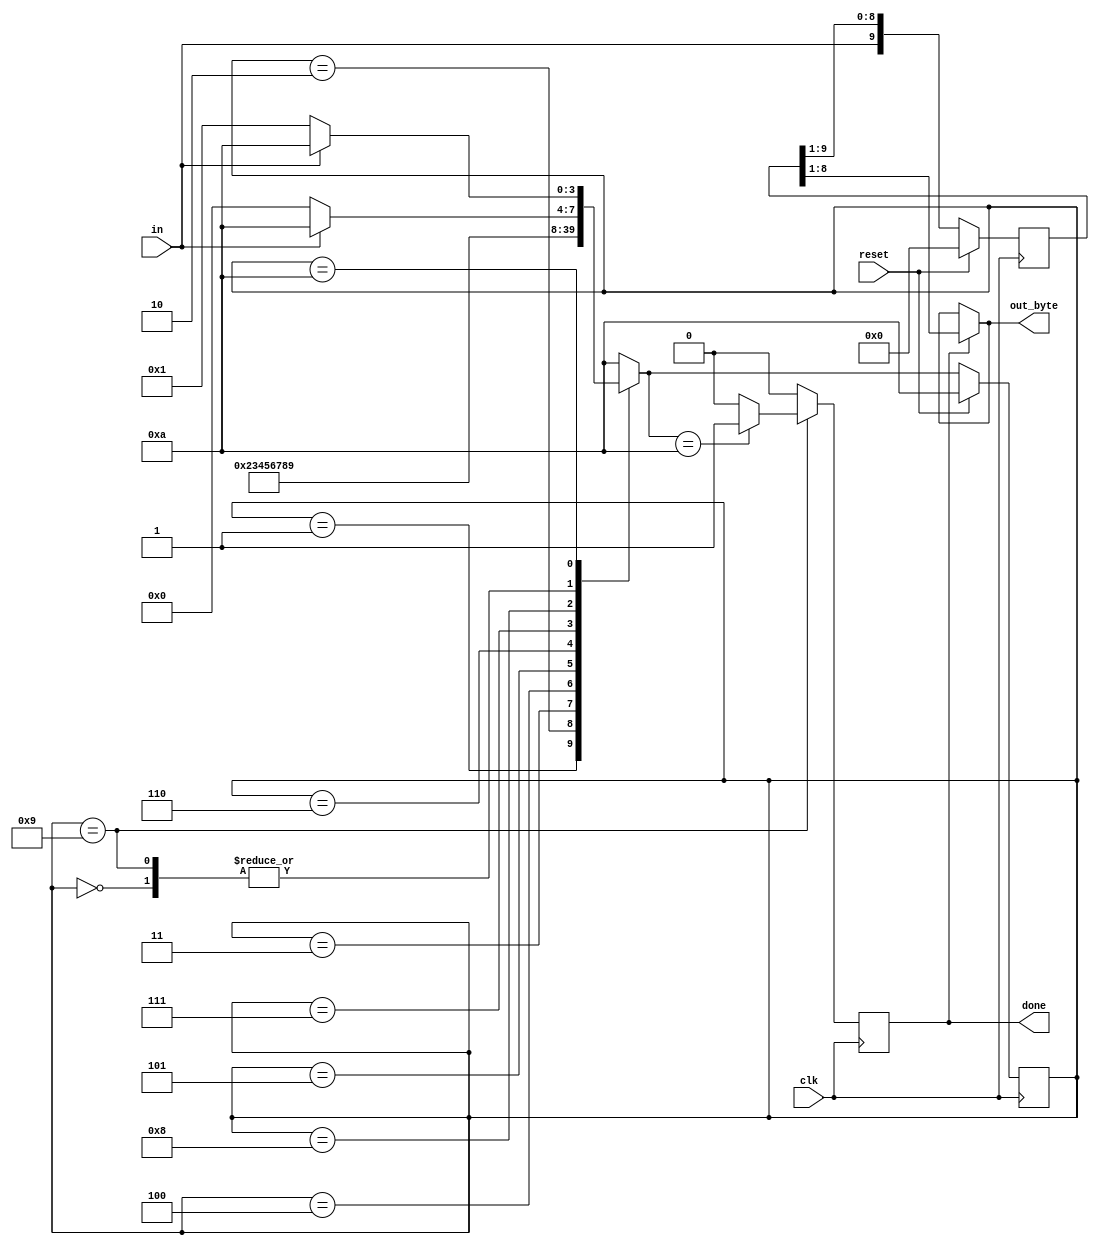
module top_module(
    input clk,
    input in,
    input reset,    // Synchronous reset
    output [7:0] out_byte,
    output done
); //

    parameter error=4'd0,
              data_0=4'd1,
              data_1=4'd2,
              data_2=4'd3,
              data_3=4'd4,
              data_4=4'd5,
              data_5=4'd6,
              data_6=4'd7,
              data_7=4'd8,
              stop=4'd9,
              idle=4'd10;

    reg [3:0] state,next_state;

    always @(*) begin
        case(state)
            error: next_state = in ? idle : error;
            data_0 : next_state = data_1;
            data_1 : next_state = data_2;
            data_2 : next_state = data_3;
            data_3 : next_state = data_4;
            data_4 : next_state = data_5;
            data_5 : next_state = data_6;
            data_6 : next_state = data_7;
            data_7 : next_state = stop;
            stop : next_state = in ? idle : error;
            idle : next_state = in ? idle : data_0;
            default: next_state = idle;
        endcase
    end

    always @(posedge clk)begin
        if (reset) state <= idle;
        else state <= next_state;
    end

    reg temp;
    always @(posedge clk)begin
        if (state==stop) begin
            if(next_state==idle) temp <= 1'b1;
            else temp <= 1'b0;
        end
        else temp <= 1'b0;
    end

    reg [9:0] data;
    always @(posedge clk)begin
        if (reset) data <= 10'b0;
        else data <= {in, data[9:1]};
    end

    assign done = temp;
    assign out_byte = temp ? data[8:1] : out_byte;

endmodule